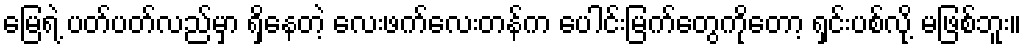
မြေရဲ့ ပတ်ပတ်လည်မှာ ရှိနေတဲ့ လေးဖက်လေးတန်က ပေါင်းမြက်တွေကိုတော့ ရှင်းပစ်လို့ မဖြစ်ဘူး။